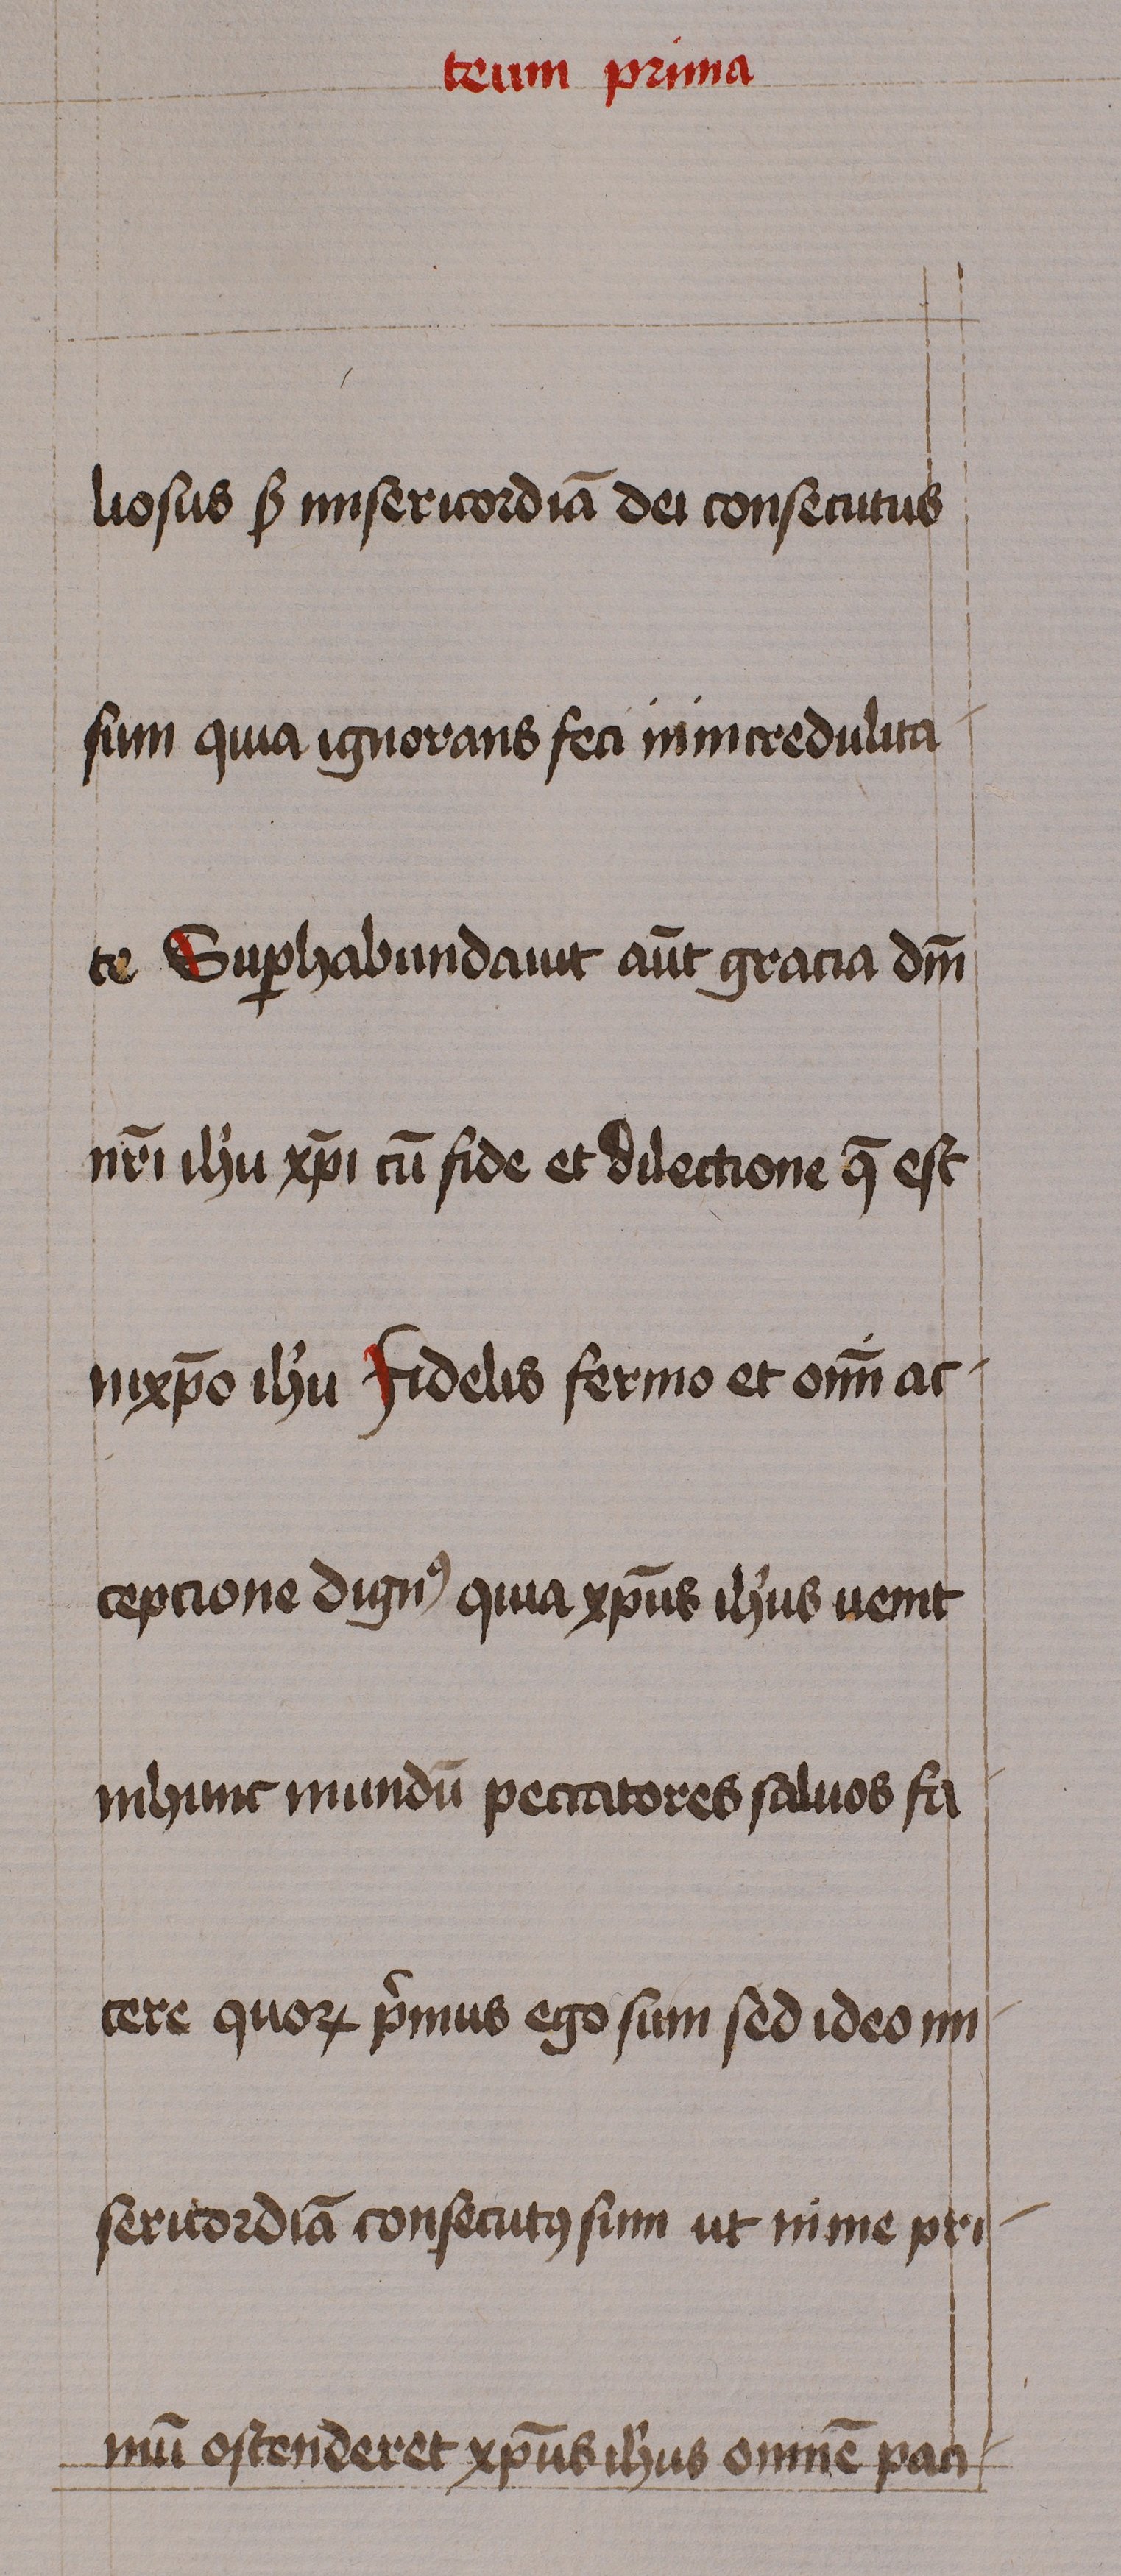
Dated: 1460–1460